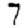
Digit: 7